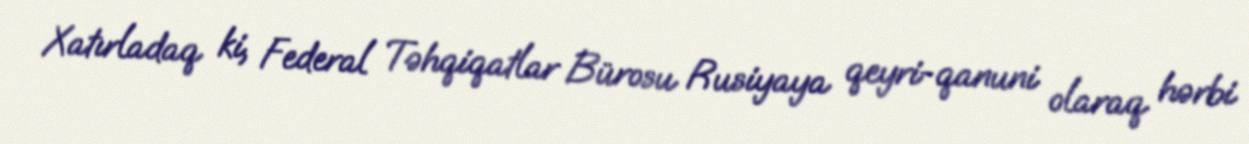
Xatırladaq ki, Federal Təhqiqatlar Bürosu Rusiyaya qeyri-qanuni olaraq hərbi